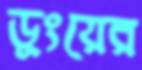
ডুংয়ের